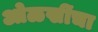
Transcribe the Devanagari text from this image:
ओळखींचा